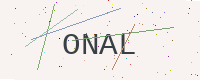
Text: ONAL